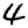
Digit: 4